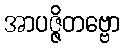
အာပဇ္ဇိတဗ္ဗော